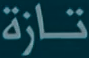
تازة